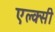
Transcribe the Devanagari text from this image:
एल्क्सी